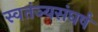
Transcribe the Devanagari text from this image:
स्वतंञ्यसंघर्ष